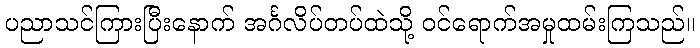
ပညာသင်ကြားပြီးနောက် အင်္ဂလိပ်တပ်ထဲသို့ ဝင်ရောက်အမှုထမ်းကြသည်။